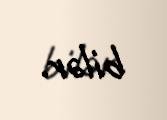
bilər.